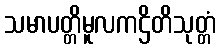
သမာပတ္တိမူလကဌိတိသုတ္တံ